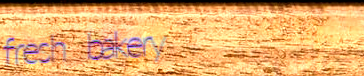
fresh bakery